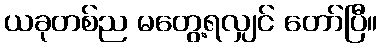
ယခုတစ်ည မတွေ့ရလျှင် တော်ပြီ။